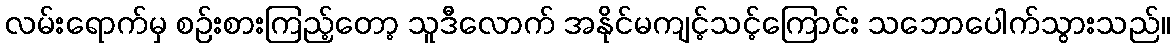
လမ်းရောက်မှ စဉ်းစားကြည့်တော့ သူဒီလောက် အနိုင်မကျင့်သင့်ကြောင်း သဘောပေါက်သွားသည်။